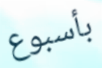
بأسبوع